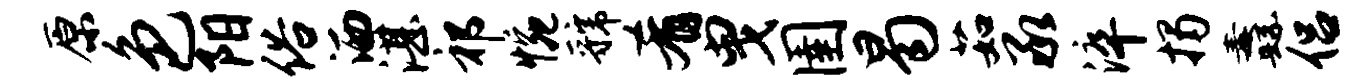
原色阳俗洒湛祁惋虢肴曳圉曷茹承淬揭纛侣